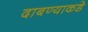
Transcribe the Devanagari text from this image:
दाबण्याकडे